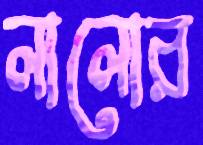
লালোর